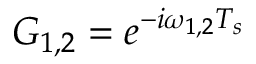
G _ { 1 , 2 } = e ^ { - i \omega _ { 1 , 2 } T _ { s } }